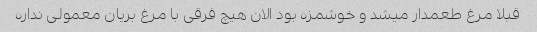
قبلا مرغ طعمدار میشد و خوشمزه بود الان هیچ فرقی با مرغ بریان معمولی نداره